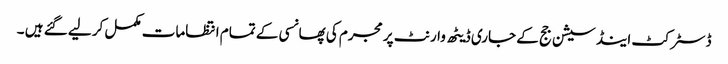
ڈسٹرکٹ اینڈ سیشن جج کے جاری ڈیٹھ وارنٹ پر مجرم کی پھانسی کے تمام انتظامات مکمل کر لیے گئے ہیں ۔